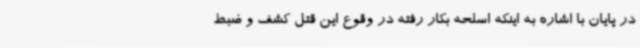
در پایان با اشاره به اینکه اسلحه بکار رفته در وقوع این قتل کشف و ضبط